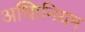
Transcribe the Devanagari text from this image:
अधिानियम